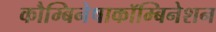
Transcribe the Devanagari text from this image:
कौम्बिनेषाकॉम्बिनेशन